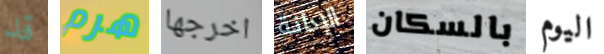
قد هرم اخرجها الإدانة بالسكان اليوم